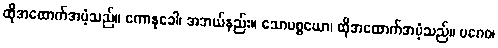
ထိုအထောက်အပံ့သည်။ ကောနုခေါ၊ အဘယ်နည်း။ သောပစ္စယော၊ ထိုအထောက်အပံ့သည်။ ပဂေဝ၊